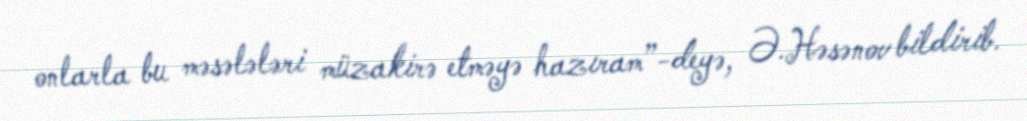
onlarla bu məsələləri müzakirə etməyə hazıram”-deyə, Ə.Həsənov bildirib.